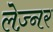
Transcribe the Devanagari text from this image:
लेज़्नर